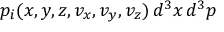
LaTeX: p _ { i } ( x , y , z , v _ { x } , v _ { y } , v _ { z } ) \, d ^ { 3 } x \, d ^ { 3 } p